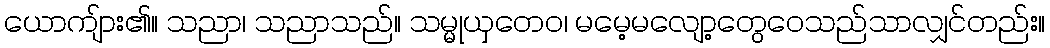
ယောကျ်ား၏။ သညာ၊ သညာသည်။ သမ္မုယှတေဝ၊ မမေ့မလျော့တွေဝေသည်သာလျှင်တည်း။